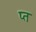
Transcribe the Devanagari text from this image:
प्त